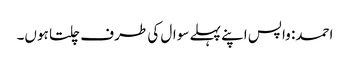
احمد: واپس اپنے پہلے سوال کی طرف چلتا ہوں۔